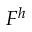
F ^ { h }